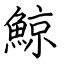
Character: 鯨